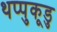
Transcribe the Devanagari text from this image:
थप्पुकूडु